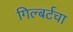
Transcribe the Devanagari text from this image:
गिल्बर्टचा